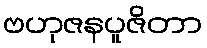
ဗဟုဇနပူဇိတာ